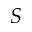
S